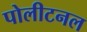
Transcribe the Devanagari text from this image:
पोलीटनल